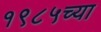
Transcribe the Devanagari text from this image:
१९८५च्या